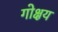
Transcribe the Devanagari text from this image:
गोक्षय